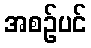
အစဉ်ပင်